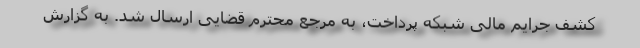
کشف جرایم مالی شبکه پرداخت، به مرجع محترم قضایی ارسال شد. به گزارش